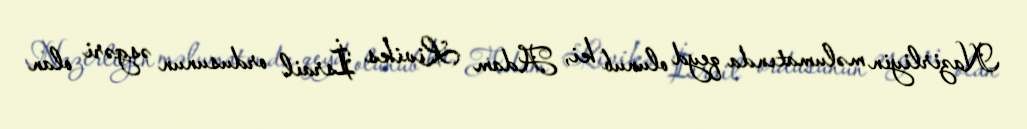
Nazirliyin məlumatında qeyd olunub ki, Adam Liviks İsrail ordusunun əsgəri olan